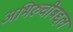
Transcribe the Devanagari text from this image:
अभिरुचीबद्दल